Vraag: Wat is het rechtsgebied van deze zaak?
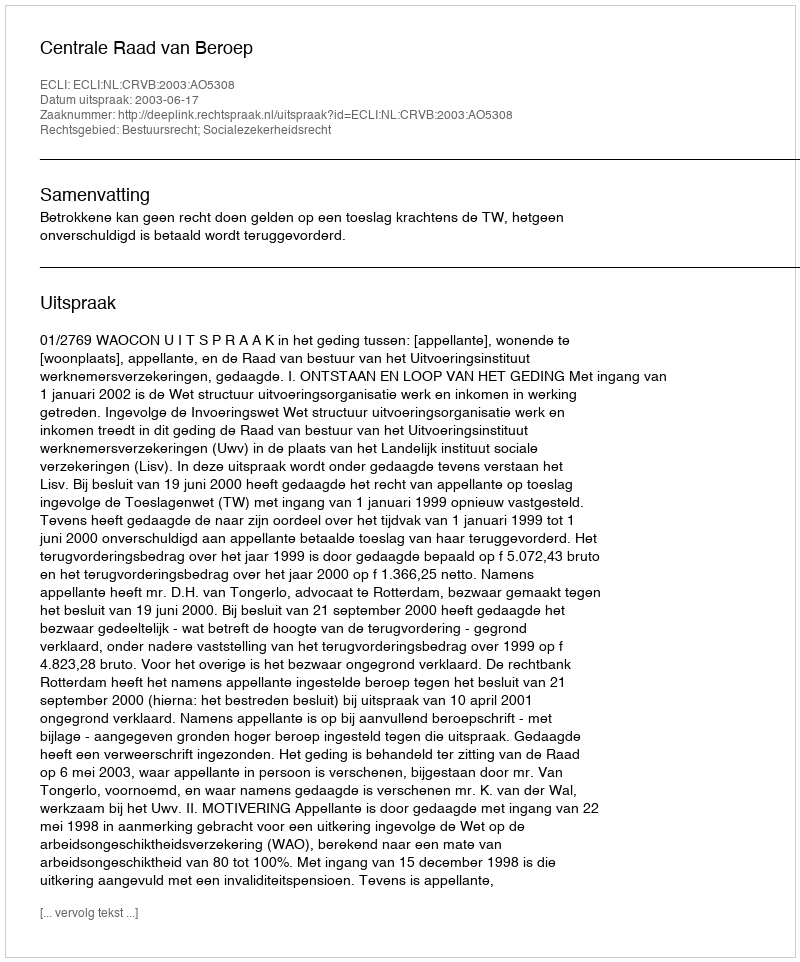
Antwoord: Bestuursrecht; Socialezekerheidsrecht